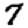
Digit: 7